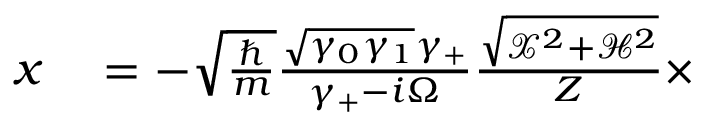
\begin{array} { r l } { x } & { { } = - \sqrt { \frac { \hbar } { m } } \frac { \sqrt { \gamma _ { 0 } \gamma _ { 1 } } \gamma _ { + } } { \gamma _ { + } - i \Omega } \frac { \sqrt { \mathcal { X } ^ { 2 } + \mathcal { H } ^ { 2 } } } { Z } \times } \end{array}